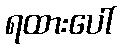
ရထားပေါ်